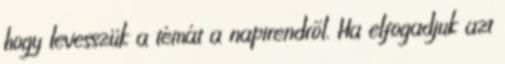
hogy levesszük a témát a napirendről. Ha elfogadjuk azt